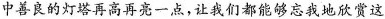
中善良的灯塔再高再亮一点，让我们都能够忘我地欣赏这